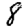
Digit: 8